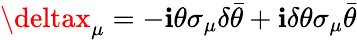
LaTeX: \deltax_{\mu}=-\mathbf{i}\theta\sigma_{\mu}\delta\bar{{\theta}}+\mathbf{i}\delta\theta\sigma_{\mu}\bar{{\theta}}